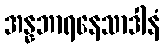
အန္နဘာရနေသာဒါနံ